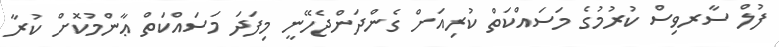
ފުލް ސާރވިސް ކުރުމުގެ މަސައްކަތް ކުރިއަށް ގެންދަންޖެހޭނީ މިފަދަ މަސައްކަތް ޢާންމުކޮށް ކުރާ